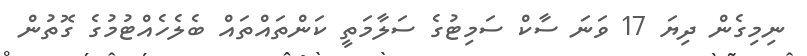
ނިމިގެން ދިޔަ 17 ވަނަ ސާކް ސަމިޓުގެ ސަލާމަތީ ކަންތައްތައް ބެލެހެއްޓުމުގެ ގޮތުން